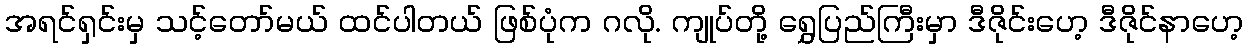
အရင်ရှင်းမှ သင့်တော်မယ် ထင်ပါတယ် ဖြစ်ပုံက ဂလို. ကျုပ်တို့ ရွှေပြည်ကြီးမှာ ဒီဇိုင်းဟေ့ ဒီဇိုင်နာဟေ့